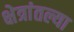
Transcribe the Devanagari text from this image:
क्षेत्रांतल्या